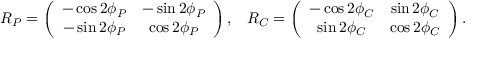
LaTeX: \begin{array} { c c } { { R _ { P } = \left( \begin{array} { c c } { { - \cos 2 \phi _ { P } } } & { { - \sin 2 \phi _ { P } } } \\ { { - \sin 2 \phi _ { P } } } & { { \cos 2 \phi _ { P } } } \end{array} \right) , } } & { { R _ { C } = \left( \begin{array} { c c } { { - \cos 2 \phi _ { C } } } & { { \sin 2 \phi _ { C } } } \\ { { \sin 2 \phi _ { C } } } & { { \cos 2 \phi _ { C } } } \end{array} \right) . } } \end{array}